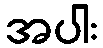
အပါး